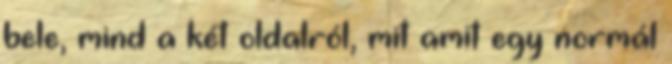
bele, mind a két oldalról, mit amit egy normál